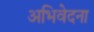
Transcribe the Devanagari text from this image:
अभिवेदना